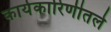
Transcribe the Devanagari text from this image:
कार्यकारिणीतले